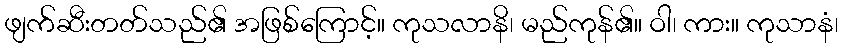
ဖျက်ဆီးတတ်သည်၏ အဖြစ်ကြောင့်။ ကုသလာနိ၊ မည်ကုန်၏။ ဝါ၊ ကား။ ကုသာနံ၊